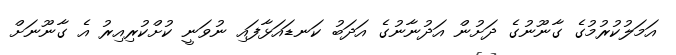
އަމަލުކުރުމުގެ ގާނޫނުގެ ދަށުން އަދުނާނުގެ އަދަބު ކަނޑައަޅާފައި ނުވަނީ ކުށްކުރިއިރު އެ ގާނޫނަށް